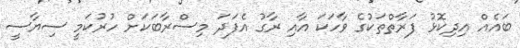
ބައެއް އިދިކޮޅު ފަރާތްތަކުގެ ވާހަކަ އާއި ރާގު އެފަދަ މިސްރާބަކަށް ހުރުކަމީ ސިޔާސީ